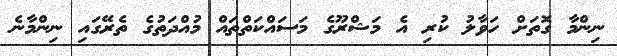
ނިންމާ ގޮތަށް ހަވާލު ކުރި އެ މަޝްރޫގެ މަސައްކަތްތައް މުއްދަތުގެ ތެރޭގައި ނިންމާނެ